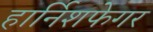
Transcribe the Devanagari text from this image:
हार्निशफेगर